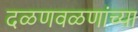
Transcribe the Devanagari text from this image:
दळणवळणांच्या